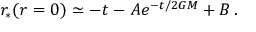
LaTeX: r _ { * } ( r = 0 ) \simeq - t - A e ^ { - t / 2 G M } + B \, .